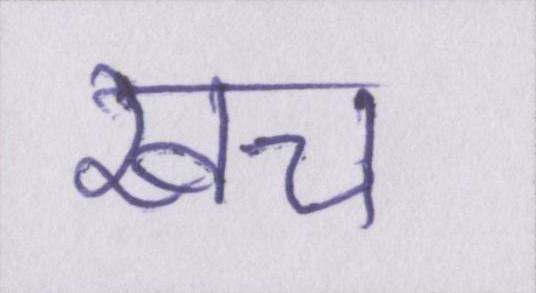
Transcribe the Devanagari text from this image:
खच॔